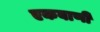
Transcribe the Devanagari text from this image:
एकबाणी